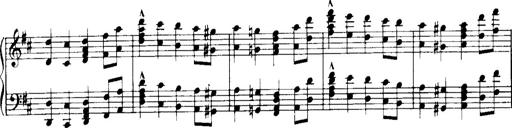
Title: Historische ungarische Bildnisse
Composer: Franz Liszt